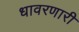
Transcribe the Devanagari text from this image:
धावरणारी